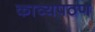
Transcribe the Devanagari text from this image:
काव्यपठण